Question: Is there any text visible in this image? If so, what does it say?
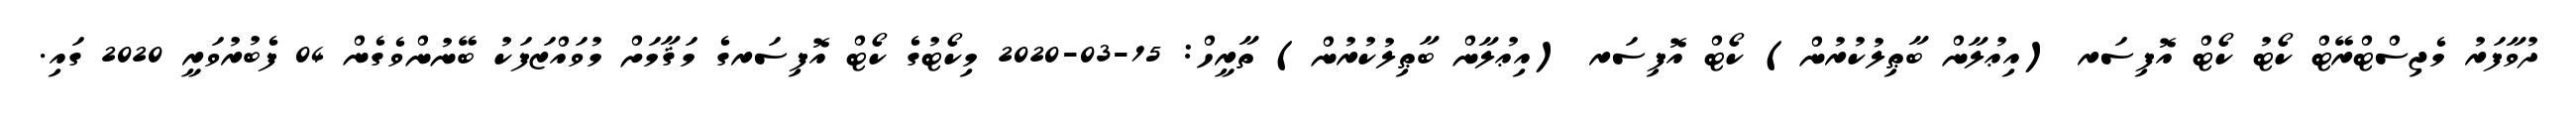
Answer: ދުވާފަރު މެޖިސްޓްރޭޓް ކޯޓު ކޯޓް އޮފިސަރ (އިޢުލާން ބާޠިލުކުރުން) ކޯޓް އޮފިސަރ (އިޢުލާން ބާޠިލުކުރުން) ތާރީހް: 15-03-2020 މިކޯޓުގެ ކޯޓް އޮފިސަރގެ މަޤާމަށް މުވައްޒަފަކު ބޭނުންވެގެން 04 ފެބުރުވަރީ 2020 ގައި.